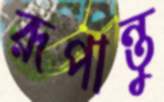
রূপান্তু